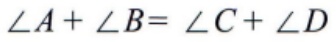
\(\angle A+\angle B = \angle C+\angle D\)